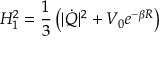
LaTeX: H _ { 1 } ^ { 2 } = \frac { 1 } { 3 } \left( | \dot { Q } | ^ { 2 } + V _ { 0 } e ^ { - \beta R } \right)